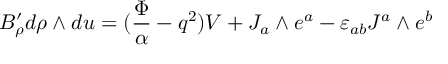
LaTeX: B _ { \rho } ^ { \prime } d \rho \wedge d u = ( { \frac { \Phi } { \alpha } } - q ^ { 2 } ) V + J _ { a } \wedge e ^ { a } - \varepsilon _ { a b } J ^ { a } \wedge e ^ { b }